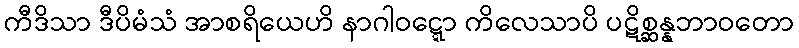
ကီဒိသာ ဒီပိမံသံ အာစရိယေဟိ နာဂါဝဋ္ဋော ကိလေသာပိ ပဋိစ္ဆန္နဘာဝတော